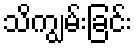
သိကျွမ်းခြင်း